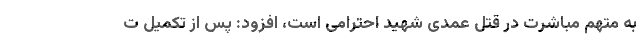
به متهم مباشرت در قتل عمدی شهید احترامی است، افزود: پس از تکمیل ت